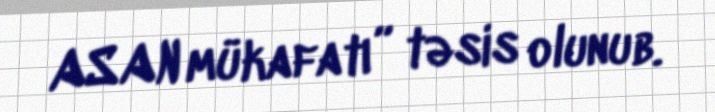
ASAN mükafatı” təsis olunub.